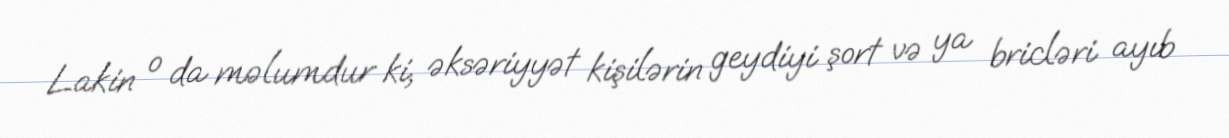
Lakin o da məlumdur ki, əksəriyyət kişilərin geydiyi şort və ya bricləri ayıb